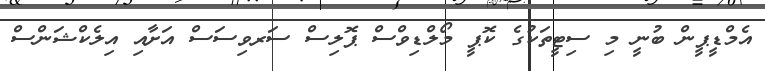
އެމްޑީޕީން ބުނީ މި ސިޓީތަކުގެ ކޮޕީ މޯލްޑިވްސް ޕޮލިސް ސަރވިސަސް އަށާއި އިލެކްޝަންސް